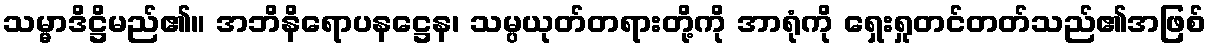
သမ္မာဒိဋ္ဌိမည်၏။ အဘိနိရောပနဋ္ဌေန၊ သမ္ပယုတ်တရားတို့ကို အာရုံကို ရှေးရှုတင်တတ်သည်၏အဖြစ်